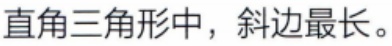
直角三角形中，斜边最长。